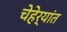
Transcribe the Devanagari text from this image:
चेहेर्‍यांत